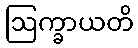
ဩက္ခာယတိ